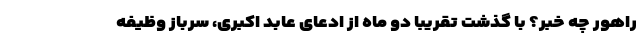
راهور چه خبر؟ با گذشت تقریبا دو ماه از ادعای عابد اکبری، سرباز وظیفه